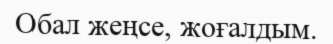
Обал жеңсе, жоғалдым.